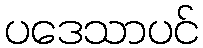
ပဒေသာပင်